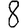
Digit: 8